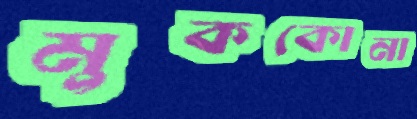
মুককোনা